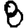
Digit: 8